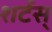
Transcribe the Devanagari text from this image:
शर्टस्